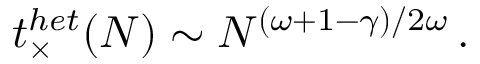
t _ { \times } ^ { h e t } ( N ) \sim N ^ { ( \omega + 1 - \gamma ) / 2 \omega } \, .